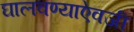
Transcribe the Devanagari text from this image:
घालवण्याऐवजी